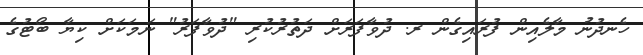
ހެނދުނު މާލެއިން ފުރައިގެން ރ. ދުވާފަރަށް ދަތުރުކުރި "ދުވާފަރު" ނަމަކަށް ކިޔާ ބޯޓުގެ